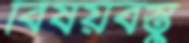
বিষয়বস্তু